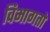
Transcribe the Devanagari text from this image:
विभागतो